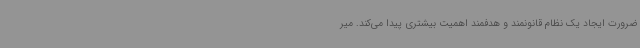
ضرورت ایجاد یک نظام قانونمند و هدفمند اهمیت بیشتری پیدا می‌کند. میر